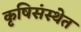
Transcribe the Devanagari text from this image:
कृषिसंस्थेत